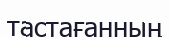
тастағанның